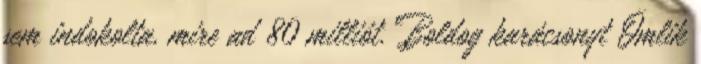
sem indokolta, mire ad 80 milliót. Boldog karácsonyt Ömlik